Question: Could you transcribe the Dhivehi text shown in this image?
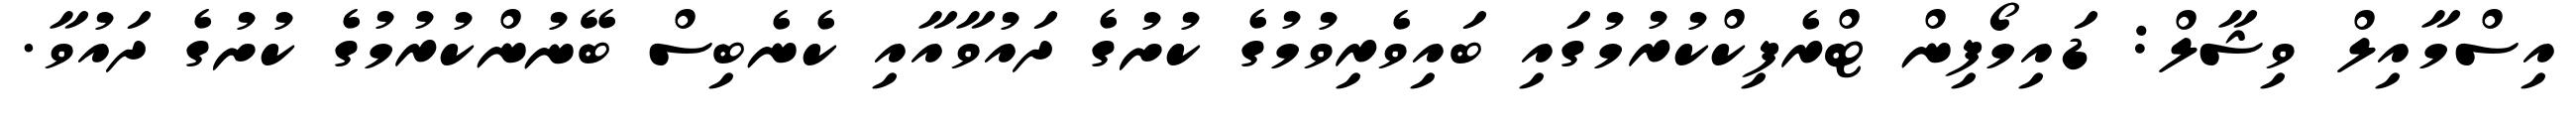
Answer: އިސްމާއިލް ވިޝާލް: ޑައިމޯފިން ޓްރެފިކްކުރުމުގައި ބައިވެރިވުމުގެ ކުށުގެ ދައުވާއާއި ކެނެބިސް ބޭނުންކުރުމުގެ ކުށުގެ ދައުވާ.